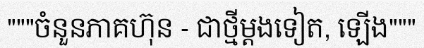
"""ចំនួនភាគហ៊ុន - ជាថ្មីម្តងទៀត, ឡើង"""